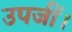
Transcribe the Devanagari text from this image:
उपजीं।